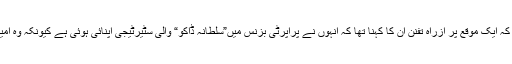
ملک ریاض سے منسوب یہ بات بھی کچھ حلقوں میں زور دے کر کہی جاتی ہے کہ ایک موقع پر اَزراہِ تفنن اُن کا کہنا تھا کہ اُنہوں نے پراپرٹی بزنس میں”سلطانہ ڈاکو“ والی سٹیرٹیجی اپنائی ہوئی ہے کیونکہ وہ امیروں کے ذریعے مال بناتے ہیں اور غریب و متوسط طبقوں کو فائدہ پہنچاتے ہیں۔